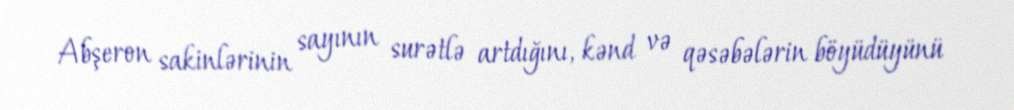
Abşeron sakinlərinin sayının surətlə artdığını, kənd və qəsəbələrin böyüdüyünü